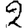
Digit: 2